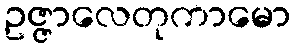
ဥဇ္ဇာလေတုကာမော